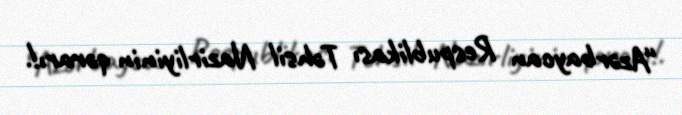
“Azərbaycan Respublikası Təhsil Nazirliyinin qərarı!.